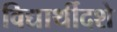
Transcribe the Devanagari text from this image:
विद्यार्थीदशे